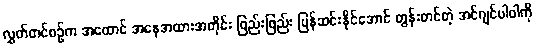
လွှတ်တင်စဉ်က အထောင် အနေအထားအတိုင်း ဖြည်းဖြည်း ပြန်ဆင်းနိုင်အောင် တွန်းတင်တဲ့ အင်ဂျင်ပါဝါကို